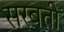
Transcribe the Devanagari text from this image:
सरबती